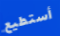
أستطيع